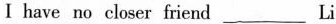
Ⅰ have no closer friend___ Li